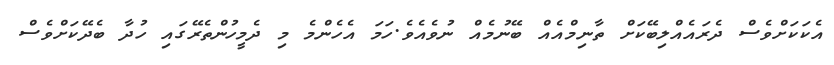
އެކަކަށްވެސް ދެރައެއްލިބޭކަށް ތާނިމްއެއް ބޭނުމެއް ނުވެއެވެ.ހަމަ އެހެންމެ މި ދެމީހުންތެރޭގައި ހުދާ ބެދޭކަށްވެސް